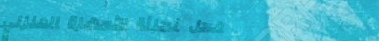
محل تجزئة الأجهزة المنزلي